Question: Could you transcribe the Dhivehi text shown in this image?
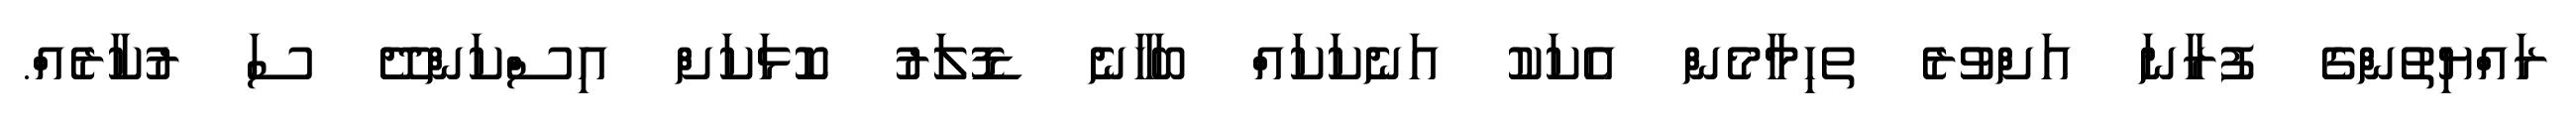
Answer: ރައްޔިތުންގެ ފުރާނަ އަށްވުރެ ތހިމާމެން އެކަކު އަނެކަކައް ބަހާނެ ޑޮލަރު ކޮޅަކަށް އިސްކަންދޭ ސަ ރުކާރެއް.